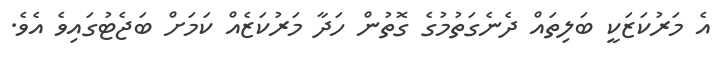
އެ މަރުކަޒަކީ ބަލިތައް ދެނެގަތުމުގެ ގޮތުން ހަދާ މަރުކަޒެއް ކަމަށް ބަޖެޓުގައިވެ އެވެ.